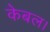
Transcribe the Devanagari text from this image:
केबल।